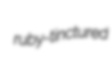
ruby-tinctured